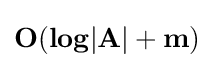
\mathbf {O(log|A|+m)}